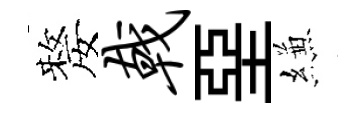
嫠戟堊縑